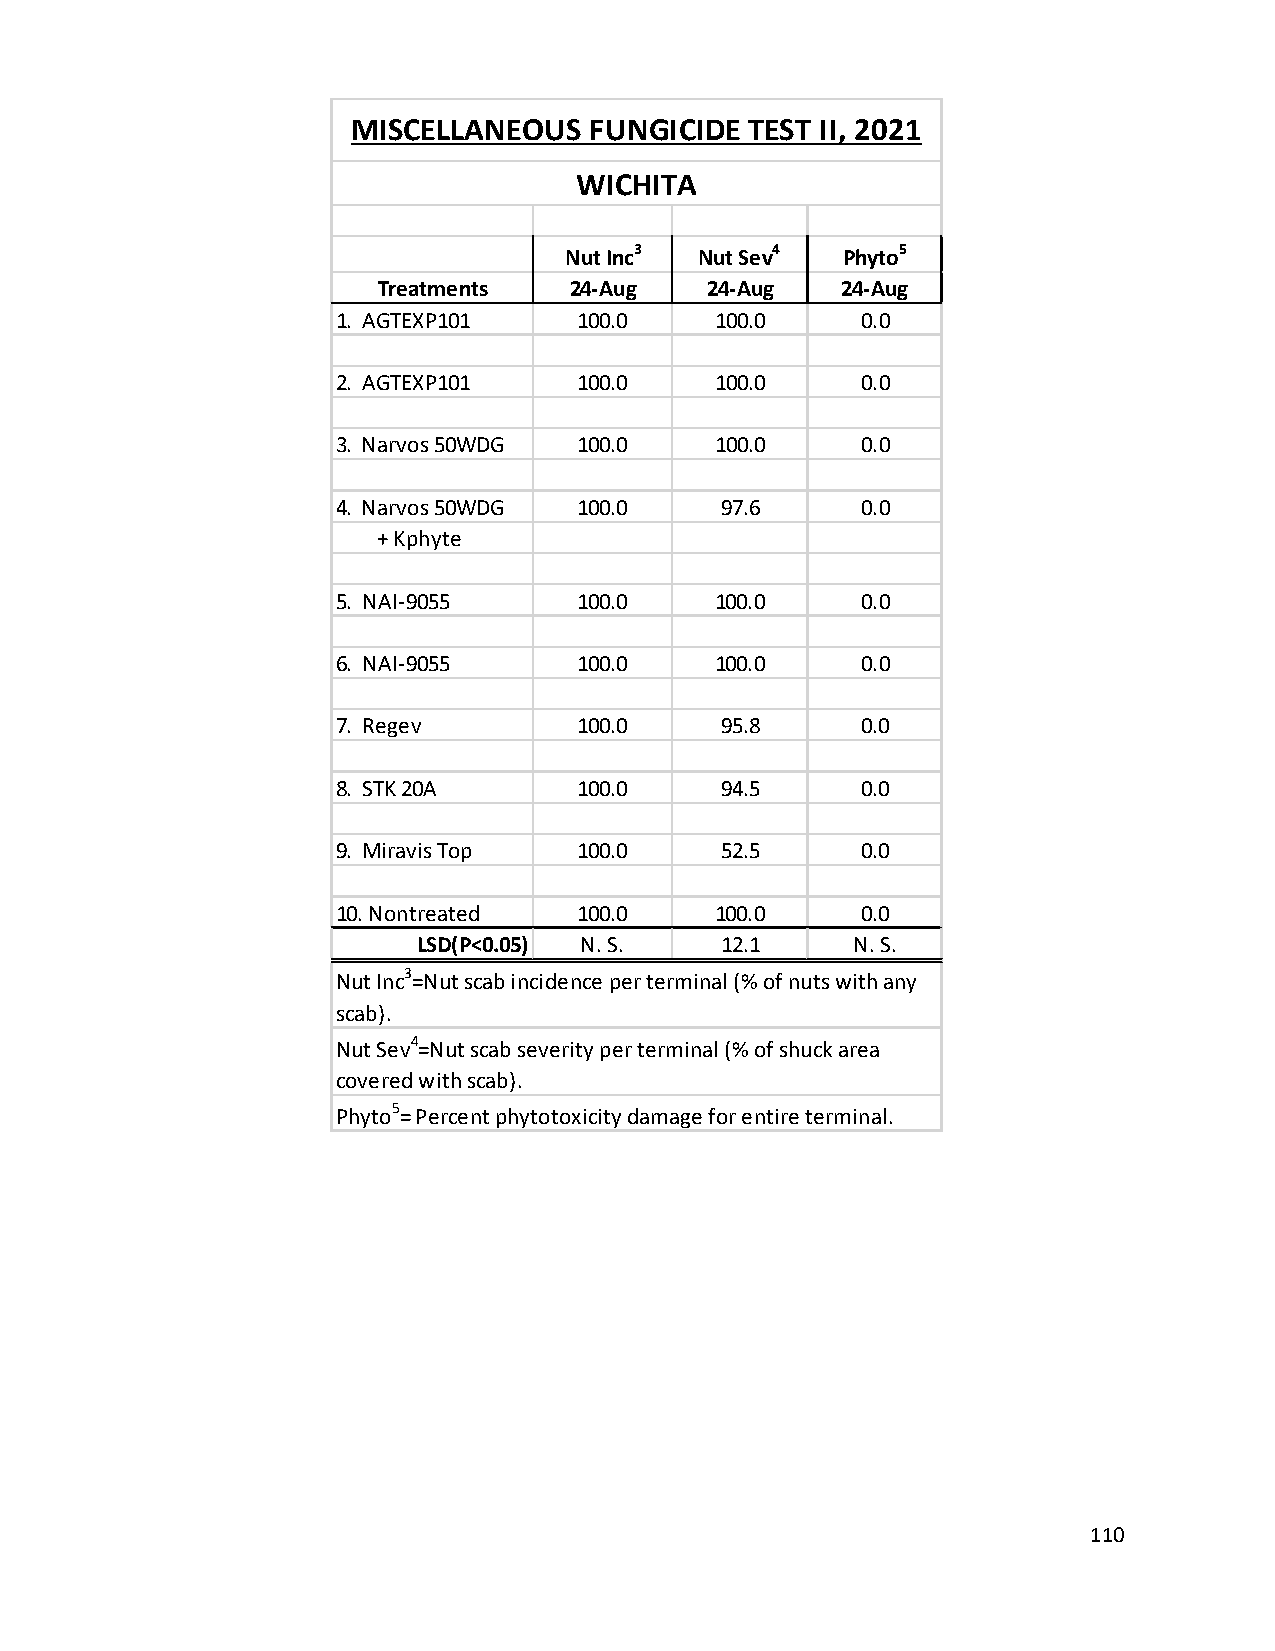
MISCELLANEOUS   FUNGICIDE  TEST II, 2021
 WICHITA
 Nut Inc3 Nut Sev4  Phyto5
 Treatments   24-Aug   24-Aug   24-Aug
 1. AGTEXP101    100.0    100.0     0.0
 2. AGTEXP101    100.0    100.0     0.0
 3. Narvos 50WDG 100.0    100.0     0.0
 4. Narvos 50WDG 100.0     97.6     0.0
 + Kphyte
 5. NAI-9055     100.0    100.0     0.0
 6. NAI-9055     100.0    100.0     0.0
 7. Regev        100.0     95.8     0.0
 8. STK 20A      100.0     94.5     0.0
 9. Miravis Top  100.0     52.5     0.0
 10. Nontreated  100.0    100.0     0.0
 LSD(P<0.05) N. S.   12.1     N. S.
 Nut Inc3=Nut scab incidence per terminal (% of nuts with any
 scab).
 Nut Sev4=Nut scab severity per terminal (% of shuck area
 covered with scab).
 Phyto5= Percent phytotoxicity damage for entire terminal.
 110